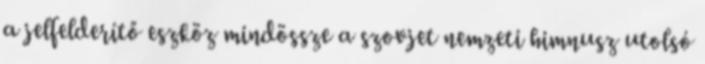
a jelfelderítő eszköz mindössze a szovjet nemzeti himnusz utolsó